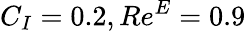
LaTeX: C_{I}=0.2,Re^{E}=0.9